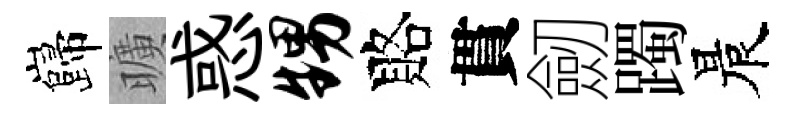
巋曠惑甥賂貫劒躅晨